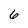
Character: 6